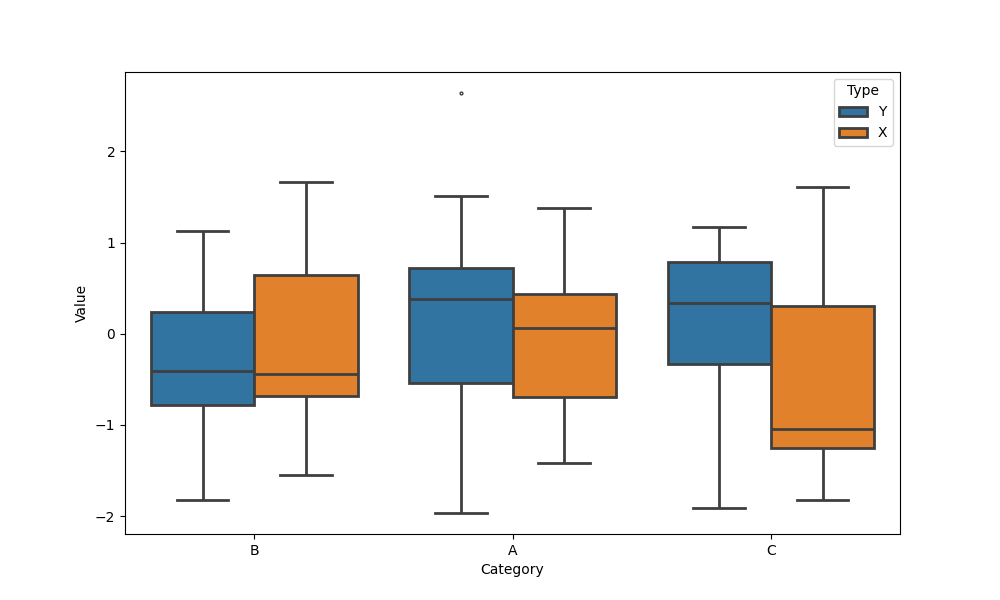
python, seaborn, boxplot, width=0.8, linewidth=2, fliersize=2, notch=False